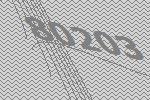
80203